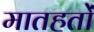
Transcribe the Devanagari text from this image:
मातहतों